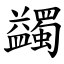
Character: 蠲